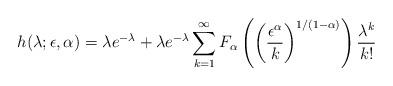
LaTeX: \begin{align*}h(\lambda;\epsilon,\alpha) =\lambda e^{-\lambda} +\lambda e^{-\lambda}\sum_{k=1}^\infty F_\alpha\left(\left(\frac{\epsilon^\alpha}{k}\right)^{1/(1-\alpha)}\right)\frac{\lambda^k}{k!}\end{align*}